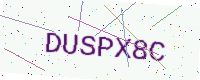
Text: DUSPX8C